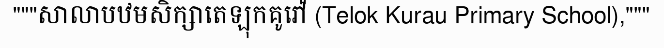
"""សាលាបឋមសិក្សាតេឡុកគូរ៉ៅ (Telok Kurau Primary School),"""